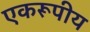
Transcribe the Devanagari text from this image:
एकरूपीय